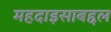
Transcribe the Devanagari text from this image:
महदाइसाबद्दल